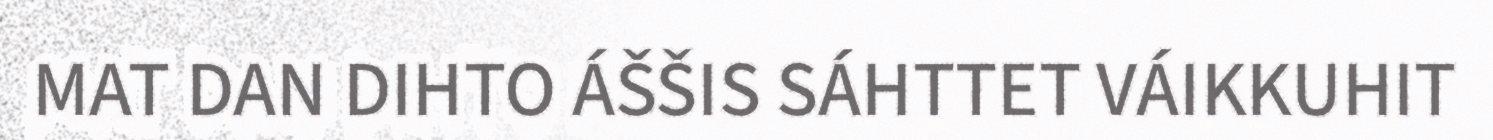
MAT DAN DIHTO ÁŠŠIS SÁHTTET VÁIKKUHIT